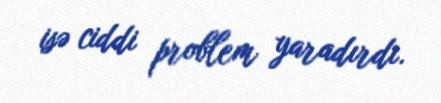
isə ciddi problem yaradırdı.